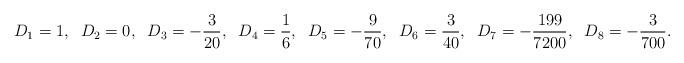
LaTeX: \begin{align*}D_1=1,\;\;D_2 = 0,\;\;D_3=-\frac{3}{20},\;\;D_4=\frac{1}{6},\;\;D_5=-\frac{9}{70},\;\;D_6=\frac{3}{40},\;\; D_7=-\frac{199}{7200},\;\; D_8=-\frac{3}{700}.\end{align*}